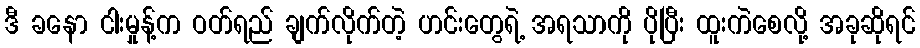
ဒီ ခနော ငါးမှုန့်က ဝတ်ရည် ချက်လိုက်တဲ့ ဟင်းတွေရဲ့ အရသာကို ပိုပြီး ထူးကဲစေလို့ အခုဆိုရင်